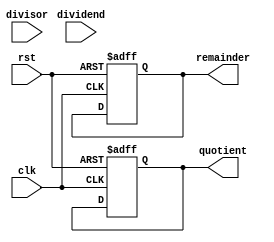
module RestoringDivider (
    input wire clk, // clock input
    input wire rst, // reset input
    input wire [31:0] dividend, // input operand - dividend
    input wire [31:0] divisor, // input operand - divisor
    output reg [31:0] quotient, // output - quotient
    output reg [31:0] remainder // output - remainder
);

reg [31:0] partial_quotient; // partial quotient register
reg [31:0] partial_remainder; // partial remainder register

reg [4:0] shift_count; // shift count register

always @(posedge clk or posedge rst) begin
    if (rst) begin
        partial_quotient <= 0;
        partial_remainder <= 0;
        shift_count <= 0;
        quotient <= 0;
        remainder <= 0;
    end else begin
        if (partial_remainder >= divisor) begin
            partial_remainder <= partial_remainder - divisor;
            partial_quotient <= partial_quotient + (1 << shift_count);
        end
        shift_count <= shift_count + 1;
        if (shift_count == 32) begin
            quotient <= partial_quotient;
            remainder <= partial_remainder;
        end
    end
end

endmodule